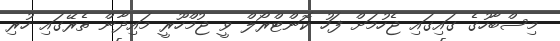
މިސްބާހުގެ ގައިގައި ޖެހުމަށް ފަހު ކޮންޓްރޯލް ވީ ޖުމްހޫރީ މައިދާން ތެރޭގައި ހުރި